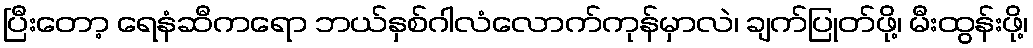
ပြီးတော့ ရေနံဆီကရော ဘယ်နှစ်ဂါလံလောက်ကုန်မှာလဲ၊ ချက်ပြုတ်ဖို့၊ မီးထွန်းဖို့၊